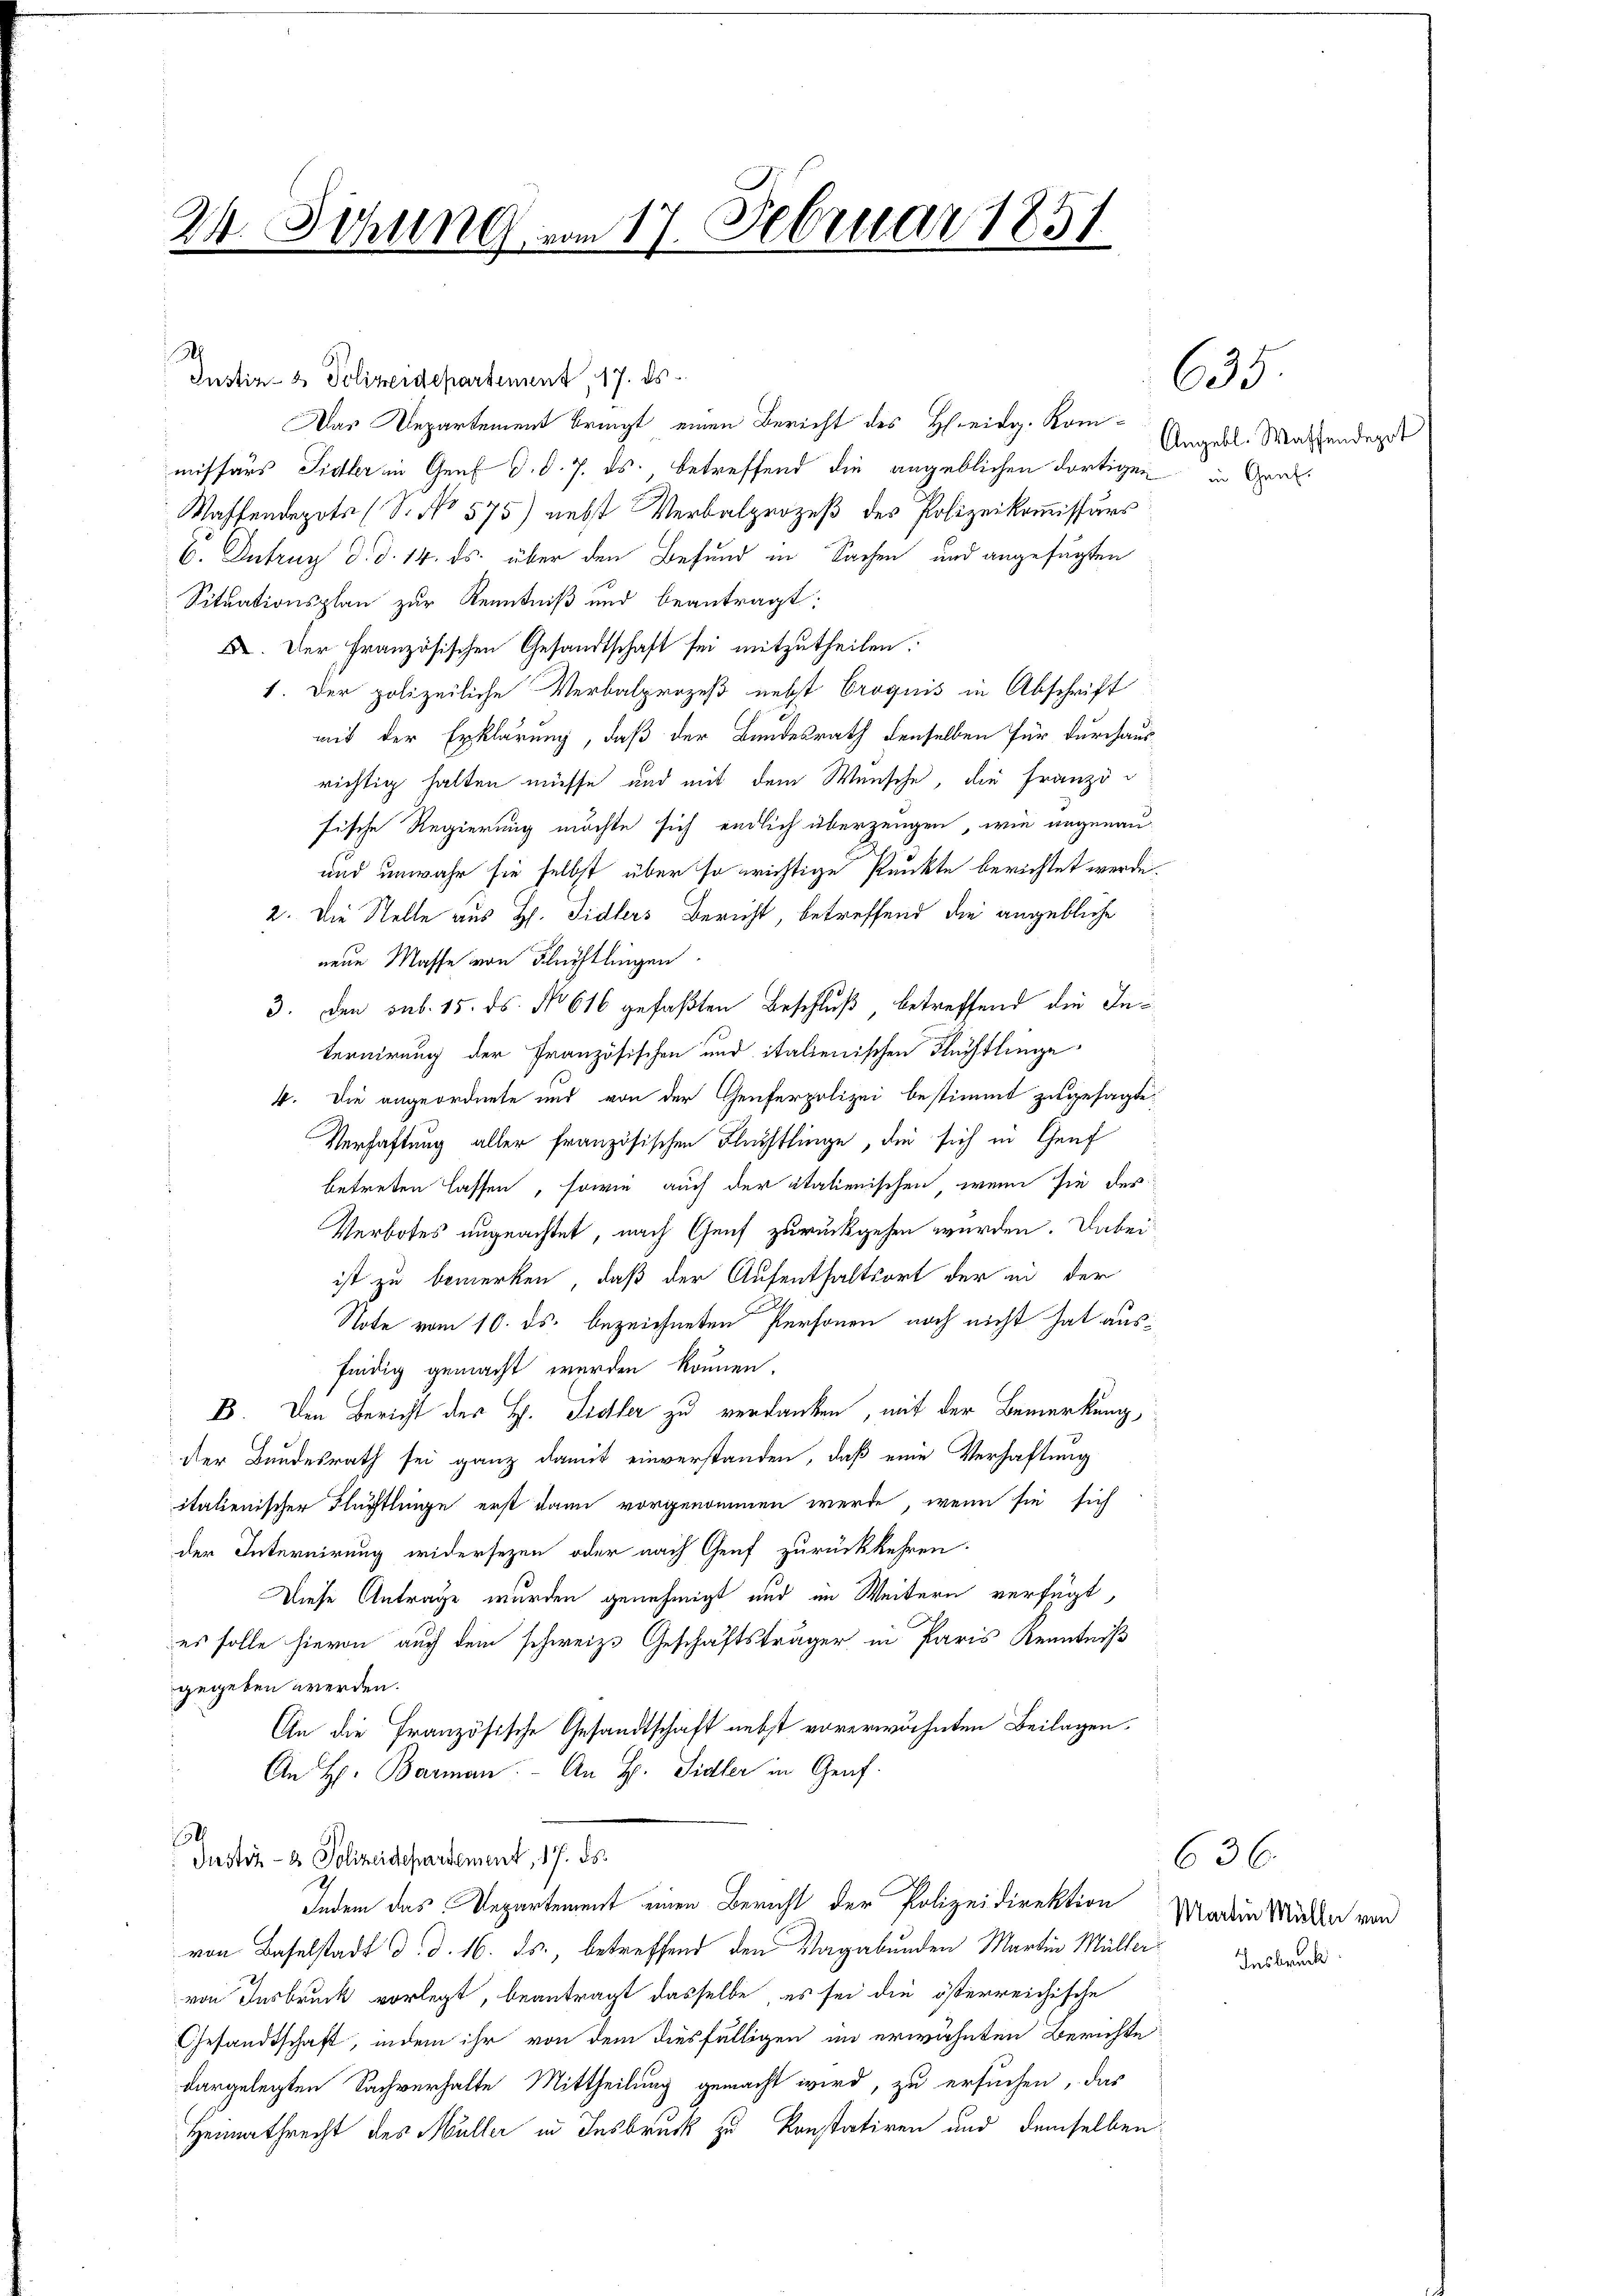
24. Sitzung vom 17. Februar 1851

Justiz- & Polizeidepartement, 17. ds.
Das Departement bringt einen Bericht des Heidg. Kommissärs Sidler im Genf d. d. 7. ds., betreffend die angeblichen dortigen in Garde
Waffendepots (S. No 575) nebst Verbalprozeß des Polizeikommissärs
6. Intrug d. d. 14. ds. über den Befund in Sachen und angefügten
Situationsplan zur Kenntniß und beantragt:
F. Der Französischen Gesandtschaft sei mitzutheilen.
1. Der polizeiliche Verbalprozeß nebst Croquis in Abschrift
mit der Erklärung, daß der Bundesrath denselben für durchaus
richtig halten müsse und mit dem Wunsche, die Franzöfische Regierung möchte sich endlich überzeugen, wie angenau¬
und unwahr sie selbst über so wichtige Punkte berichtet werde
2. Die Stelle aus H. Sidlers Bericht, betreffend die angebliche
neue Masse von Flüchtlingen.
3. den sub. 15. ds. No 616 gefaßten Beschluß, betreffend die Internirung der Französischen und italienischen Flüchtlinge
4. Die angeordnete und von der Genferpolizei bestimmt zugesagte
Verhaftung aller französischen Flüchtlinge, die sich in Genf
betreten lassen, sowie auch der italienischen, wenn sie des
Verbotes ungeachtet, nach Genf zurückgehen werden. Dabei
ist zu bemerken, daß der Aufenthaltsort der in der
Note vom 10. ds. bezeichneten Personen noch nicht hat ausfindig gemacht werden können.
B. Den Bericht des H. Sidler zu verdanken, mit der Bemerkung,
der Bundesrath sei ganz damit einverstanden, daß eine Verhaftung
italienischer Flüchtlinge erst dann vorgenommen werde, wenn sie sich
der Internirung widersezen oder nach Genf zurückkehren.
Diese Antrage wurden genehmigt und im Weitern verfügt,
es solle hievon auch dem schweiz. Geschäftsträger in Paris Kenntniß
gegeben werden.
An die Französische Gesandtschaft nebst vorerwähnten Beilagen.
An H. Barman. An H. Sidler in Genf.
Justiz- & Polizeidepartement, 17. ds.
Indem das Departement einen Bericht der Polizeidirektion
von Baselstadt d. d. 16. ds., betreffend den Vagabunden Martin Müller
von Insbruck vorlegt, beantragt dasselbe es sei die österreichische
Gesandtschaft, indem ihr von dem diesfälligen im erwähnten Berichte
dargelegten Sachverhalte Mittheilung gemacht wird, zu ersuchen, das
Heimathrecht des Müller in Insbruck zu konstatiren und demselben

.

635

Angebl. Waffendepot

636.
Martin Müller von
Insbruck